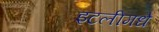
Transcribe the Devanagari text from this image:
इटलीमधे